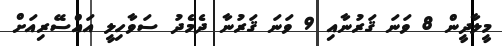
މީލާދީން 8 ވަނަ ޤަރުނާއި 9 ވަނަ ޤަރުނާ ދެމެދު ސަވާހިލީ އައްސޭރިއަށް